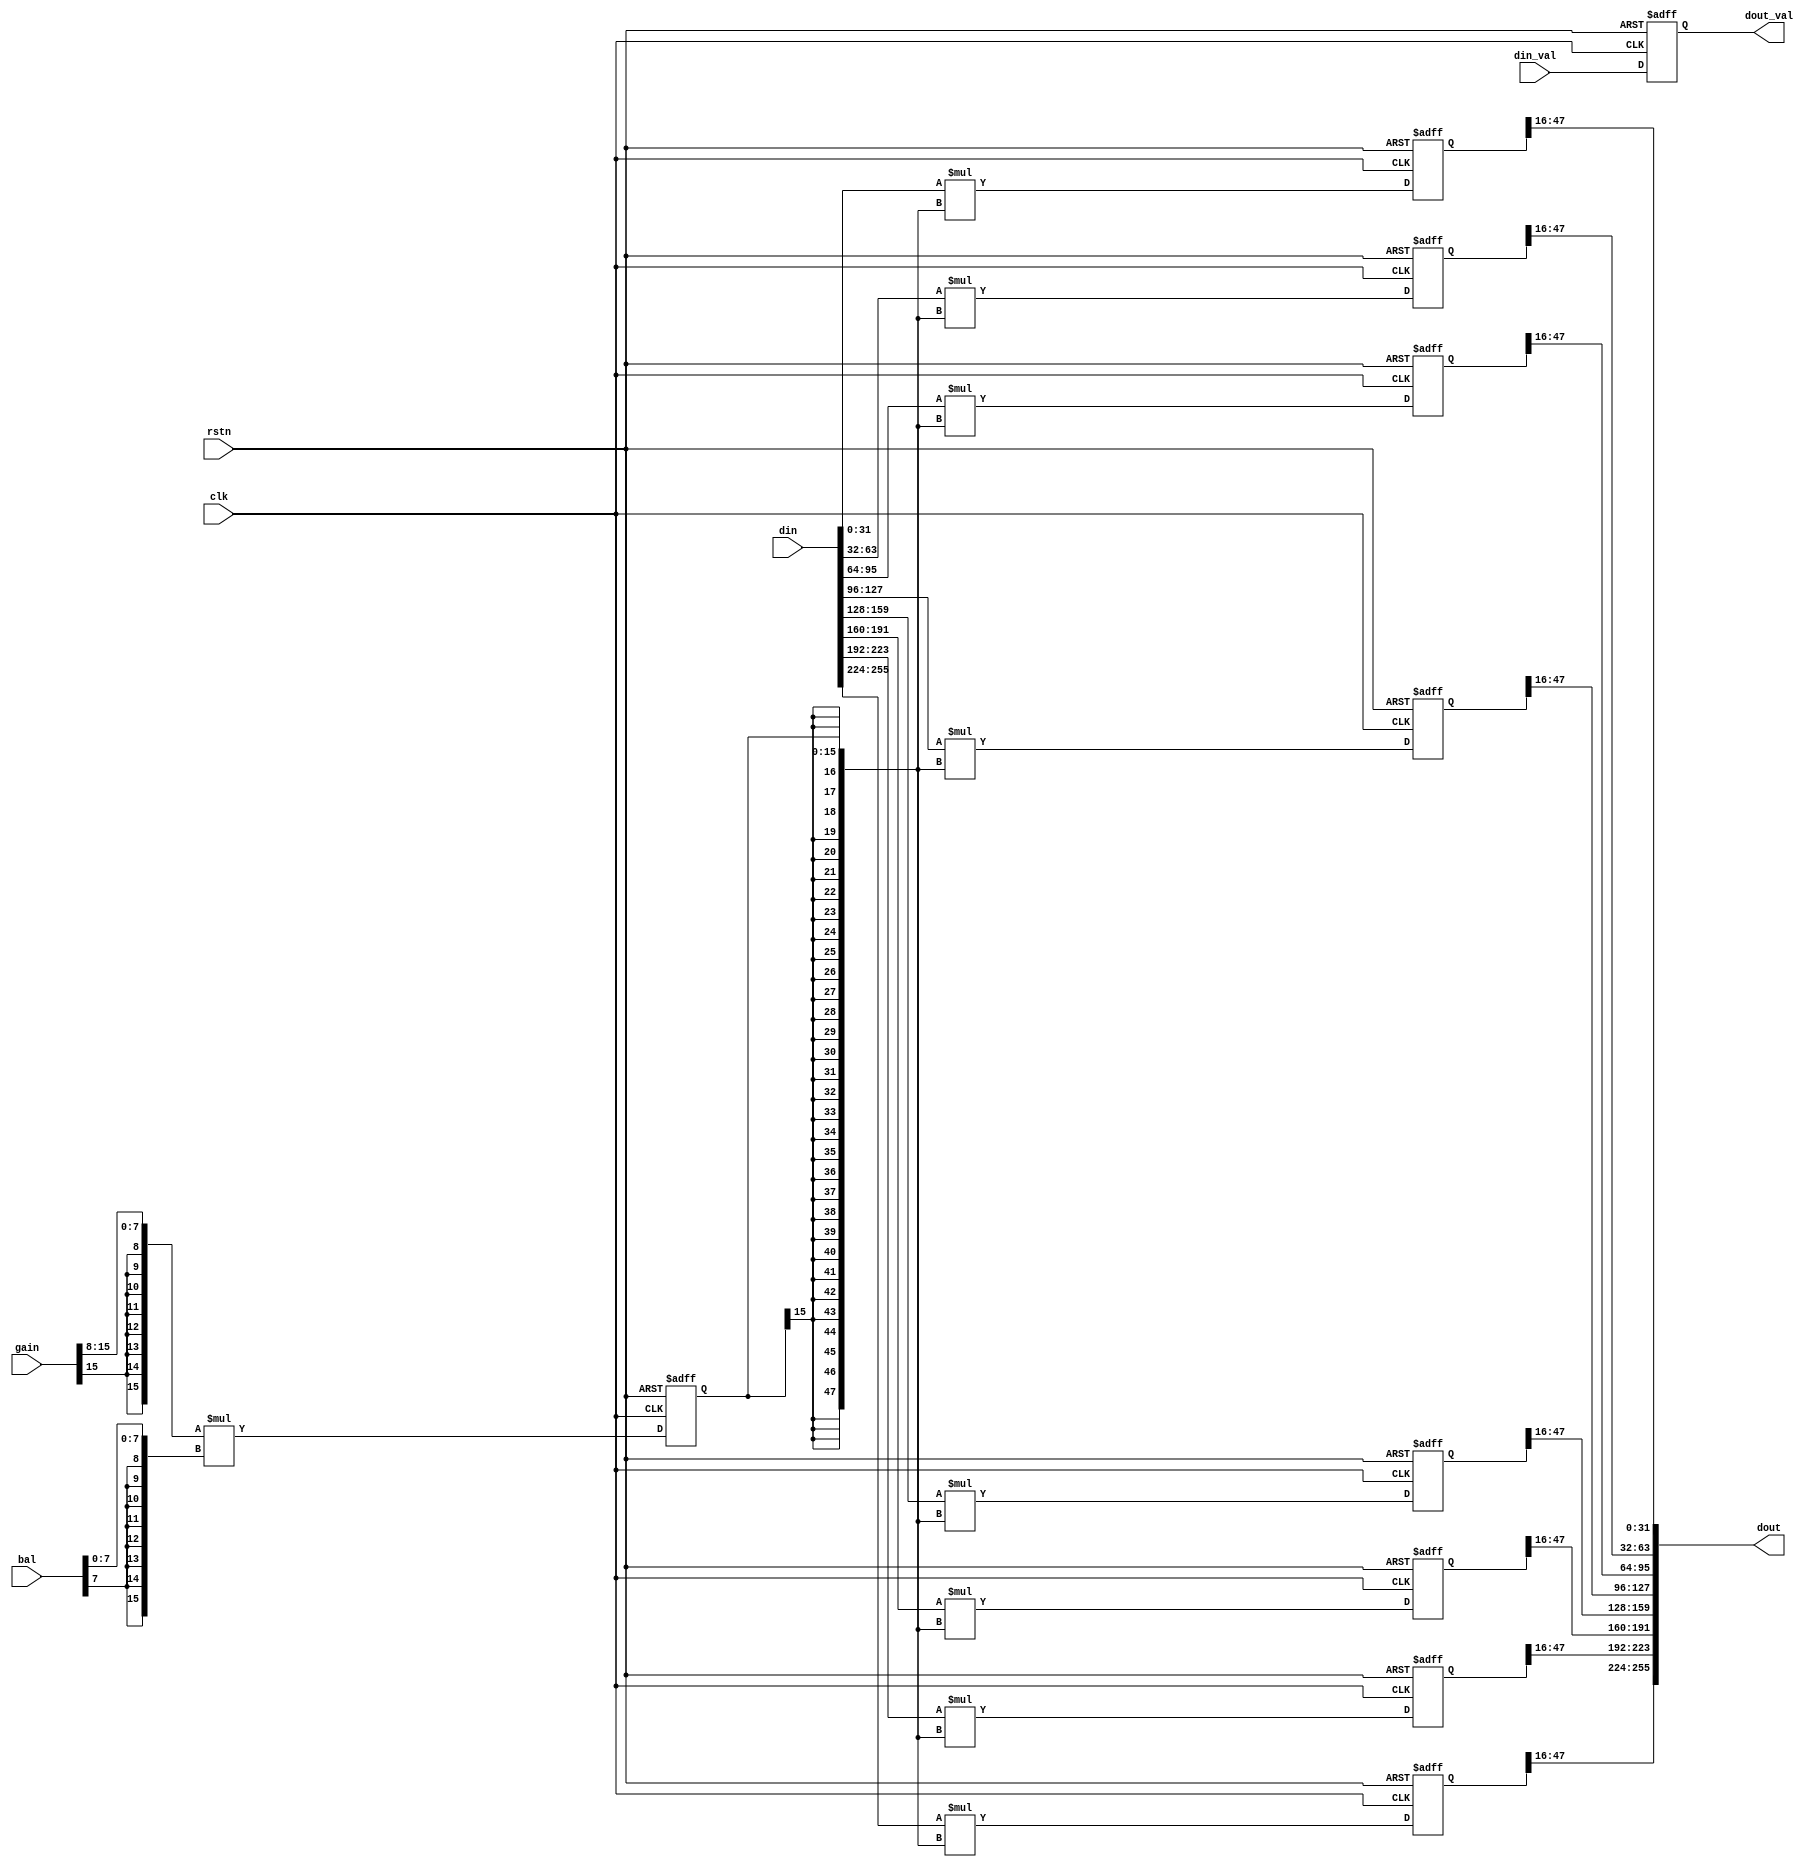
/* Gain and balance multipliers
Copyright: Hectic Tech, 2012, all rights reserved
Author: Jeff Heckey (jheckey@gmail.com)

Module: gainBal

Purpose: 
    A gain/balance fixed point multiplier

Function:
    This is a parallel multiplier for all 8 channels of the 256-bit frame.
    It takes the gain and balance, doubles the width of the data, multiplies
    the values and readjusts the width back to 32-bits
*/

module gainBal (
    input  wire             clk,
    input  wire             rstn,

    input  wire             din_val,
    input  wire [255:0]     din,
    input  wire [63:0]      gain,
    input  wire [31:0]      bal,
    output reg              dout_val,
    output reg  [255:0]     dout
);

reg [7:0]  gain_mem[7:0];
reg [7:0]  bal_mem[3:0];
reg [15:0] mult[0:7];
reg [47:0] quot[0:7];
integer i, j, k, l;

always @* begin
    for (l=0; l<8; l=l+1) begin
        gain_mem[l]     = gain[8*l +: 8];
        if (l < 4)
            bal_mem[l]  = bal[8*l +: 8];
    end
end

// Flop each multiplier from configured inputs (one cycle of latency shouldn't matter)
always @(posedge clk or negedge rstn) begin
    if (!rstn) begin
        for (i=0; i<8; i=i+1) begin
            mult[i] <= 16'd0;
        end
    end
    else begin
        for (i=0; i<4; i=i+1) begin
            // Sign-extend gain and balance to 16-bits, then multiply
            mult[i] <= {{8{gain_mem[2*i  ][7]}}, gain_mem[2*i  ]} * {{8{~bal_mem[i][7]}}, ~bal_mem[i]};
            mult[i] <= {{8{gain_mem[2*i+1][7]}}, gain_mem[2*i+1]} * {{8{ bal_mem[i][7]}},  bal_mem[i]};
        end
    end
end

// Perform multiplication on the incoming DSP data
always @(posedge clk or negedge rstn) begin
    if (!rstn) begin
        dout_val    <= 1'b0;

        for (j=0; j<8; j=j+1) begin
            quot[j] <= 48'd0;
        end
    end
    else begin
        dout_val    <= din_val;

        for (j=0; j<8; j=j+1) begin
            quot[j] <= {16'd0, din[32*j +:32]} * {{32{mult[k][15]}}, mult[k]};
        end
    end
end

// Truncate the lower bits for the output
always @* begin
    for (k=0; k<8; k=k+1) begin
        dout[32*k +:32] = quot[k][47:16];
    end
end

endmodule